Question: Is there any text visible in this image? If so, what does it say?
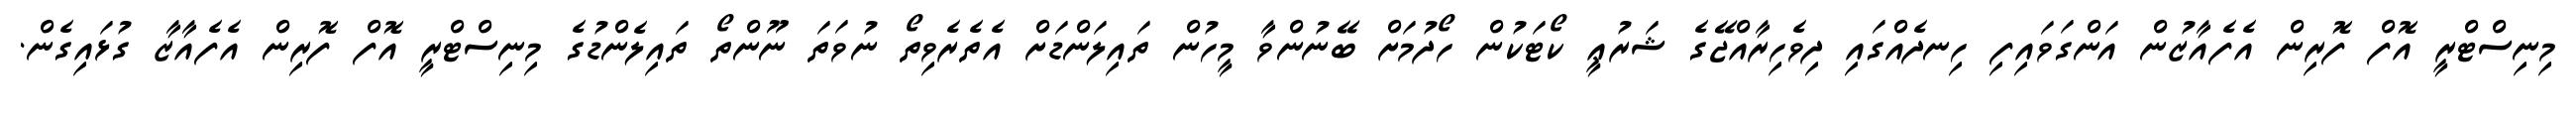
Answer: މިނިސްޓްރީ އޮފް ފޮރިން އެފެއާޒުން އަންގަވައިފި ހިނދެއްގައި ދިވެހިރާއްޖޭގެ ޝަރުޢީ ކޯޓަކުން ހޯދުމަށް ބޭނުންވާ މީހުން ތައިލަންޑަށް އެތެރެވިތޯ ނުވަތަ ނޫންތޯ ތައިލެންޑުގެ މިނިސްޓްރީ އޮފް ފޮރިން އެފެއާޒާ ގުޅައިގެން.